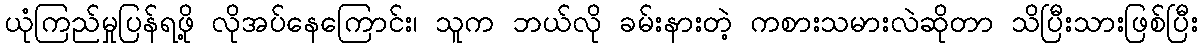
ယုံကြည်မှုပြန်ရဖို့ လိုအပ်နေကြောင်း၊ သူက ဘယ်လို ခမ်းနားတဲ့ ကစားသမားလဲဆိုတာ သိပြီးသားဖြစ်ပြီး